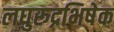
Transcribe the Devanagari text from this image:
लघुरूद्रभिषेक